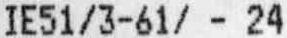
IE51/3-61/ - 24